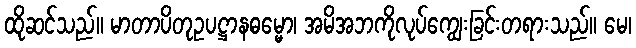
ထိုဆင်သည်။ မာတာပိတုဥပဋ္ဌာနဓမ္မော၊ အမိအဘကိုလုပ်ကျွေးခြင်းတရားသည်။ မေ၊